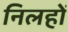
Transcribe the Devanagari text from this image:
निलहों